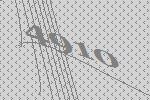
4910